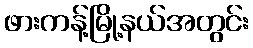
ဖားကန့်မြို့နယ်အတွင်း